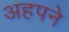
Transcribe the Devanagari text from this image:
अहपने